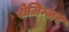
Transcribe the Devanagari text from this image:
शेज़िन्जर